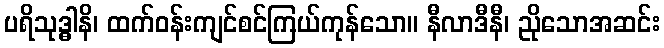
ပရိသုဒ္ဓါနိ၊ ထက်ဝန်းကျင်စင်ကြယ်ကုန်သော။ နီလာဒီနီ၊ ညိုသောအဆင်း